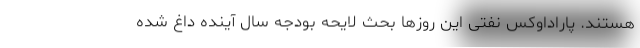
هستند. پاراداوکس نفتی این روزها بحث لایحه بودجه سال آینده داغ شده